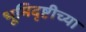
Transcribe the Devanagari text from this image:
भूमिदृष्टीच्या